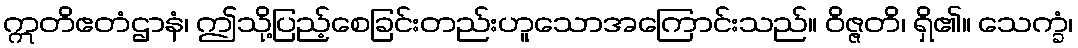
ဣတိဧတံဌာနံ၊ ဤသို့ပြည့်စေခြင်းတည်းဟူသောအကြောင်းသည်။ ဝိဇ္ဇတိ၊ ရှိ၏။ သေက္ခံ၊